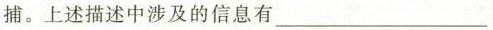
捕。上述描述中涉及的信息有___